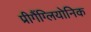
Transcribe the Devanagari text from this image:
प्रीगैंग्लियोनिक